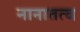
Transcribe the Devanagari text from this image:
नानातत्व